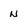
Character: N